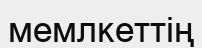
мемлкеттің